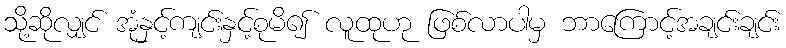
သို့ဆိုလျှင် အုံနှင့်ကျင်းနှင့်စုမိ၍ လူထုဟု ဖြစ်လာပါမှ ဘာကြောင့်အချင်းချင်း